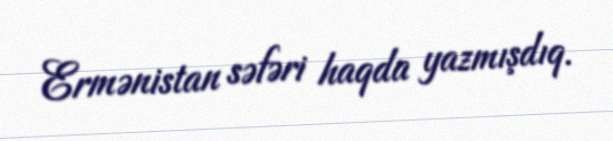
Ermənistan səfəri haqda yazmışdıq.